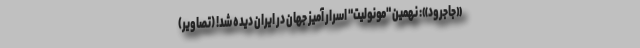
«جاجرود»: نهمین "مونولیت" اسرار آمیز جهان در ایران دیده شد! (تصاویر)